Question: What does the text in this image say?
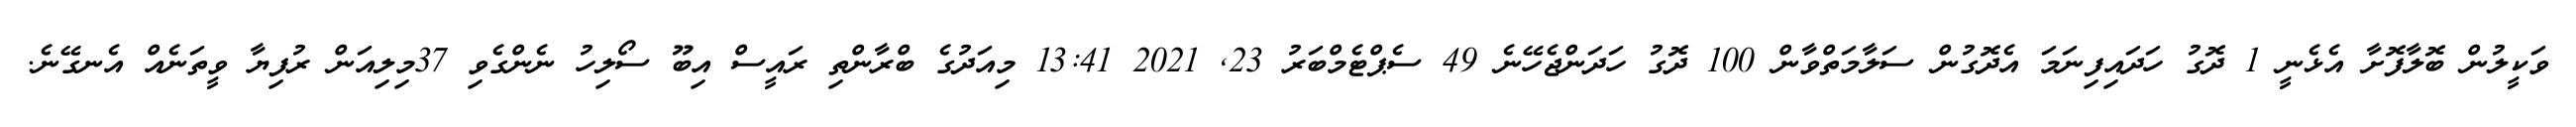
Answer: ވަކީލުން ބޮލާފޮށާ އެޅެނީ 1 ދޮގު ހަދައިފިނަމަ އެދޮގުން ސަލާމަތްވާން 100 ދޮގު ހަދަންޖެހޭނެ 49 ސެޕްޓެމްބަރު 23, 2021 13:41 މިއަދުގެ ބްރާންތި ރައީސް އިބޫ ސޯލިހު ނެންގެވި 37މިލިއަން ރުފިޔާ ވީތަނެއް އެނގޭނެ.